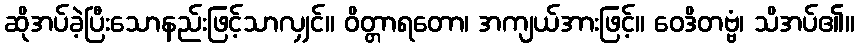
ဆိုအပ်ခဲ့ပြီးသောနည်းဖြင့်သာလျှင်။ ဝိတ္တာရတော၊ အကျယ်အားဖြင့်။ ဝေဒိတဗ္ဗံ၊ သိအပ်၏။